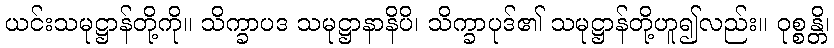
ယင်းသမုဋ္ဌာန်တို့ကို။ သိက္ခာပဒ သမုဋ္ဌာနာနိပိ၊ သိက္ခာပုဒ်၏ သမုဋ္ဌာန်တို့ဟူ၍လည်း။ ဝုစ္စန္တိ၊